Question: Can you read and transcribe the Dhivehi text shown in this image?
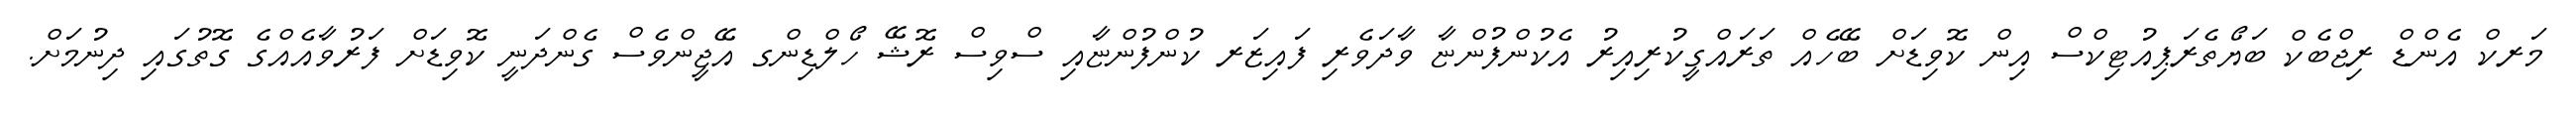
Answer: މަރކް އެންޑް ރިޖްބެކް ބަޔޯތެރަޕިއުޓިކްސް އިން ކޮވިޑަށް ބޭހެއް ތަރައްގީކުރިއިރު އެކުންފުންޏާ ވާދަވެރި ފައިޒަރ ކުންފުންޏާއި ސްވިސް ރޮޝޭ ހޯލްޑިންގ އޭޖީންވެސް ގެންދަނީ ކޮވިޑަށް ފަރުވާއެއްގެ ގޮތުގައި ދިނުމަށް.